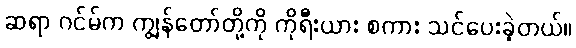
ဆရာ ဂင်မ်က ကျွန်တော်တို့ကို ကိုရီးယား စကား သင်ပေးခဲ့တယ်။